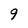
Character: 9